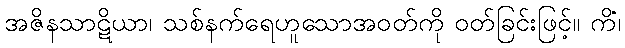
အဇိနသာဋိယာ၊ သစ်နက်ရေဟူသောအဝတ်ကို ဝတ်ခြင်းဖြင့်။ ကိံ၊